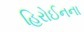
હિરોઈનના